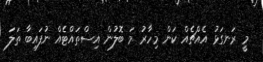
މީ ރަނގަޅު އެއްޗެއް ކަން މިހާރު މަ ބޮލުން އިސްތައްޓެއް ނުފައިބާ ތަލަ